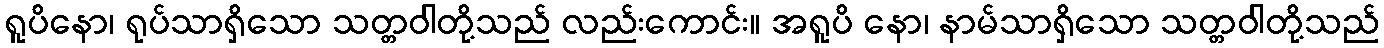
ရူပိနော၊ ရုပ်သာရှိသော သတ္တဝါတို့သည် လည်းကောင်း။ အရူပိ နော၊ နာမ်သာရှိသော သတ္တဝါတို့သည်